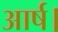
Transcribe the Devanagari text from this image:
आर्ष।